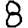
Digit: 8